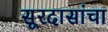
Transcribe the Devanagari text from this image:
सूरदासांचा